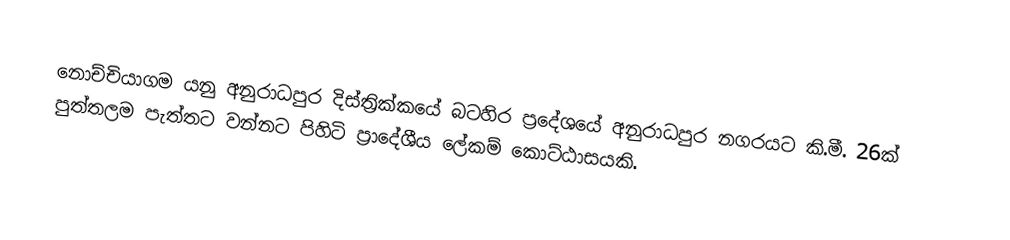
නොච්චියාගම යනු අනුරාධපුර දිස්ත්‍රික්කයේ බටහිර ප්‍රදේශයේ අනුරාධපුර නගරයට කි.මී. 26ක් පුත්තලම පැත්තට වන්නට පිහිටි ප්‍රාදේශීය ලේකම් කොට්ඨාසයකි.